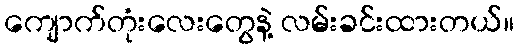
ကျောက်တုံးလေးတွေနဲ့ လမ်းခင်းထားတယ်။